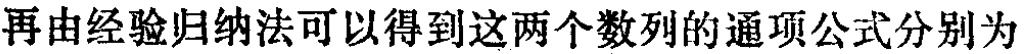
再由经验归纳法可以得到这两个数列的通项公式分别为